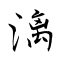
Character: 漓